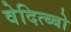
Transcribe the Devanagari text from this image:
वेदित्ब्बो